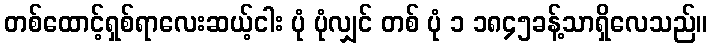
တစ်ထောင့်ရှစ်ရာလေးဆယ့်ငါး ပုံ ပုံလျှင် တစ် ပုံ ၁ ၁၈၄၅ခန့်သာရှိလေသည်။